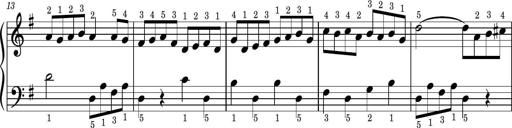
Title: Easy Progressive Lessons and 4 Sonatinas
Composer: Thomas Attwood